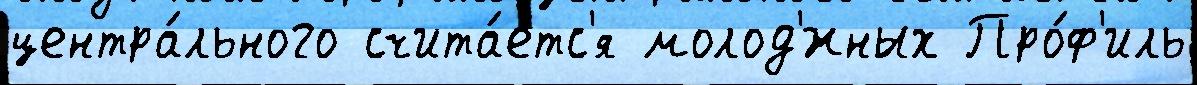
центра́льного счита́етс'я молод'́жных Про́ф'иль